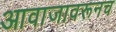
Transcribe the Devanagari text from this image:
आवाजावरूनच